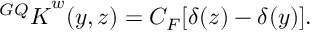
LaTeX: { ^ { G Q } \cal K } ^ { w } ( y , z ) = C _ { F } [ \delta ( z ) - \delta ( y ) ] .